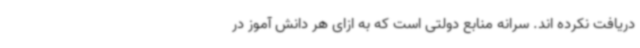
دریافت نکرده اند. سرانه منابع دولتی است که به ازای هر دانش آموز در